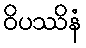
ဝိပဿိနံ